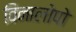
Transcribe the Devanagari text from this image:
विनालोपो